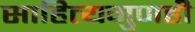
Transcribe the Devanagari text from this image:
साहित्यगुणही